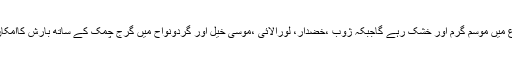
موسم کا حال بتانے والے محکمہ کا مزید کہنا ہے کہ بلوچستان کے بیشتراضلاع میں موسم گرم اور خشک رہے گاجبکہ ژوب ،خضدار، لورالائی ،موسیٰ خیل اور گردونواح میں گرج چمک کے ساتھ بارش کاامکان ہے،صوبہ سنگھ کے بیشتر اضلاع میں موسم شدید گرم اور مرطوب رہے گا۔